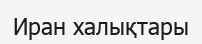
Иран халықтары